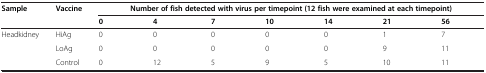
<table><thead><tr><td><b>Sample</b></td><td><b>Vaccine</b></td><td colspan="7"><b>Number of fish detected with virus per timepoint (12 fish were examined at each timepoint)</b></td></tr><tr><td><b> </b></td><td><b> </b></td><td><b>0</b></td><td><b>4</b></td><td><b>7</b></td><td><b>10</b></td><td><b>14</b></td><td><b>21</b></td><td><b>56</b></td></tr></thead><tbody><tr><td>Headkidney</td><td>HiAg</td><td>0</td><td>0</td><td>0</td><td>0</td><td>0</td><td>1</td><td>7</td></tr><tr><td> </td><td>LoAg</td><td>0</td><td>0</td><td>0</td><td>0</td><td>0</td><td>9</td><td>11</td></tr><tr><td> </td><td>Control</td><td>0</td><td>12</td><td>5</td><td>9</td><td>5</td><td>10</td><td>11</td></tr></tbody></table>